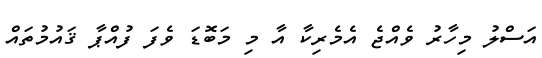
އަސްލު މިހާރު ވެއްޖެ އެމެރިކާ އާ މި މަބޮޑަ ވެފަ ފުއްޕާ ޤައުމުތައް